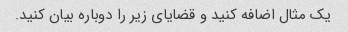
یک مثال اضافه کنید و قضایای زیر را دوباره بیان کنید.